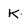
Character: K